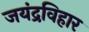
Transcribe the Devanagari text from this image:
जयंद्रविहार